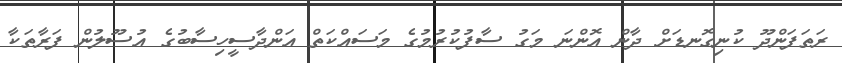
ރަތަފަންދޫ ކުނިގޮނޑަށް ދާން އޮންނަ މަގު ސާފުކުރުމުގެ މަސައްކަތް އަންދާސީހިސާބުގެ އުސޫލުން ފަރާތަކާ